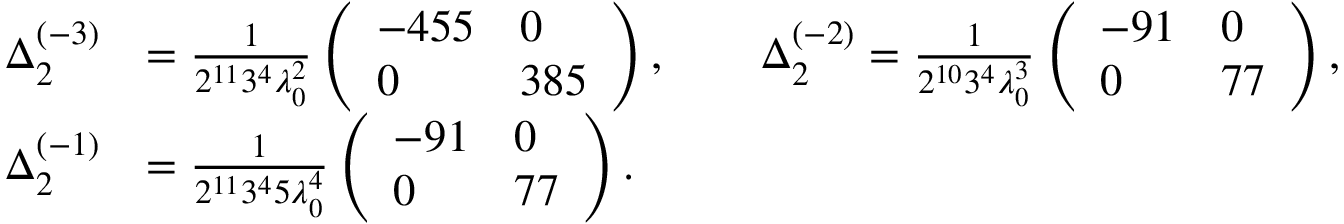
\begin{array} { r l } { \Delta _ { 2 } ^ { ( - 3 ) } } & { = \frac { 1 } { 2 ^ { 1 1 } 3 ^ { 4 } \lambda _ { 0 } ^ { 2 } } \left( \begin{array} { l l } { - 4 5 5 } & { 0 } \\ { 0 } & { 3 8 5 } \end{array} \right) , \qquad \Delta _ { 2 } ^ { ( - 2 ) } = \frac { 1 } { 2 ^ { 1 0 } 3 ^ { 4 } \lambda _ { 0 } ^ { 3 } } \left( \begin{array} { l l } { - 9 1 } & { 0 } \\ { 0 } & { 7 7 } \end{array} \right) , } \\ { \Delta _ { 2 } ^ { ( - 1 ) } } & { = \frac { 1 } { 2 ^ { 1 1 } 3 ^ { 4 } 5 \lambda _ { 0 } ^ { 4 } } \left( \begin{array} { l l } { - 9 1 } & { 0 } \\ { 0 } & { 7 7 } \end{array} \right) . } \end{array}